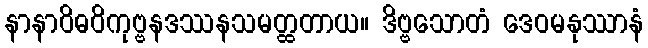
နာနာဝိဓဝိကုဗ္ဗနဒဿနသမတ္ထတာယ။ ဒိဗ္ဗသောတံ ဒေဝမနုဿာနံ